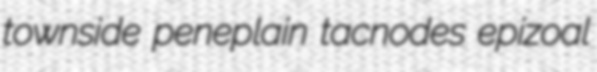
townside peneplain tacnodes epizoal